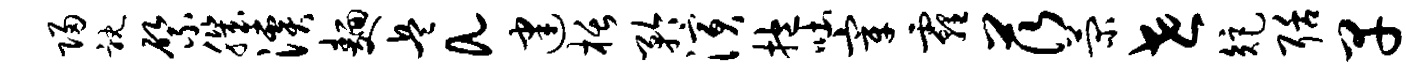
归耽綮肌溪面兵a建栝矜演抱吐宰霾茨菊世矩聒早